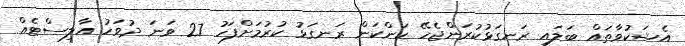
އެޝަކުވާތައް ބަލައި ރަނގަޅުކުރަންޖެހޭ ކަންކަން ރަނގަޅު ކުރުމަށްފަހު 27 ވަނަ ދުވަހު އާލިސްޓެއް